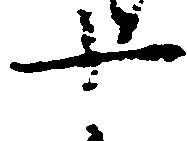
十